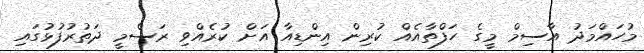
މުހައްމަދު އާސިމް މީގެ ހަފްތާއެއް ކުރިން އިންޑިއާ އަށް ކުރެއްވި ރަސްމީ ދަތުރުފުޅުގައި